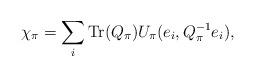
LaTeX: \begin{align*} \chi_{\pi} = \sum_i \mathrm{Tr}(Q_{\pi})U_{\pi}(e_i,Q_{\pi}^{-1}e_i),\end{align*}